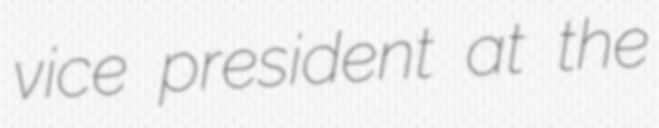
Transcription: vice president at the